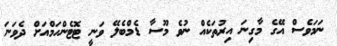
ނަމަވެސް އޭގެ މާގިނަ އިރުތަކެއް ނުވެ މޫސާ ޑެމްބެލޭ ވަނީ ޓޮޓެންހަމްއަށް ދެވަނަ